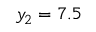
y _ { 2 } = 7 . 5